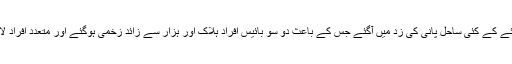
خبرایجنسی کے مطابق کہ سونامی کے سبب سُندا آبنائے کے کئی ساحل پانی کی زد میں آگئے جس کے باعث دو سو بائیس افراد ہلاک اور ہزار سے زائد زخمی ہوگئے اور متعدد افراد لاپتہ ہیں جبکہ سینکڑوں عمارتوں کو نقصان پہنچا ہے۔